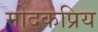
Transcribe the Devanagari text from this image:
मोदकप्रिय